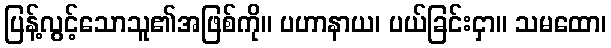
ပြန့်လွင့်သောသူ၏အဖြစ်ကို။ ပဟာနာယ၊ ပယ်ခြင်းငှာ။ သမထော၊